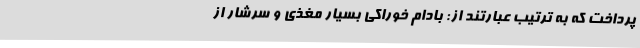
پرداخت که به ترتیب عبارتند از: بادام خوراکی بسیار مغذی و سرشار از